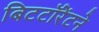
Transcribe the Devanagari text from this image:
बिटटॉरेंटने